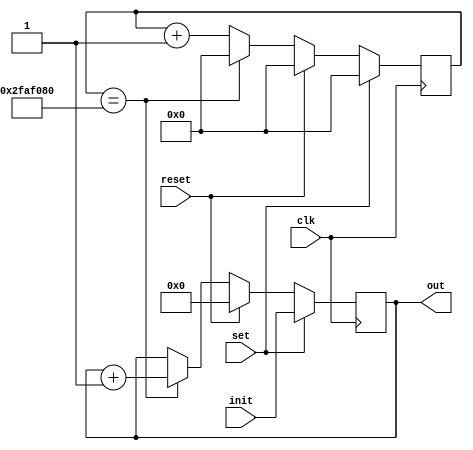
`timescale 1ns / 1ps
//////////////////////////////////////////////////////////////////////////////////
// Company: 
// Engineer: 
// 
// Design Name: 
// Module Name:    adder 
// Project Name: 
// Target Devices: 
// Tool versions: 
// Description: 
//
// Dependencies: 
//
// Revision: 
// Revision 0.01 - File Created
// Additional Comments: 
//
//////////////////////////////////////////////////////////////////////////////////
module adder(
	input [3:0]init,
	input set,
	input reset,
	input clk,
	output reg [3:0]out
);
	reg [25:0]count;
	//reg [3:0]n;
	
	always @(posedge clk) begin
		if(set == 1) begin
			out = init;
			count = 0;
		end
		else if(reset == 1) begin
			out = 0;
			count = 0;
		end
		else if(count == 50_000_000) begin
			count = 0;
			out = out + 1;
		end
		else begin
			count = count+1;
		end
		
	end
	

endmodule